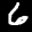
Label: 6